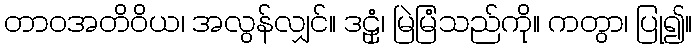
တာဝအတိဝိယ၊ အလွန်လျှင်။ ဒဠှံ၊ မြဲမြံသည်ကို။ ကတွာ၊ ပြု၍။